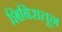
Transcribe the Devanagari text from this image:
शिबिरातून